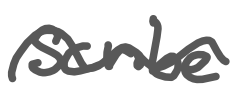
Text: scribe
Cross-out: wave
Writing tool: digital_gray